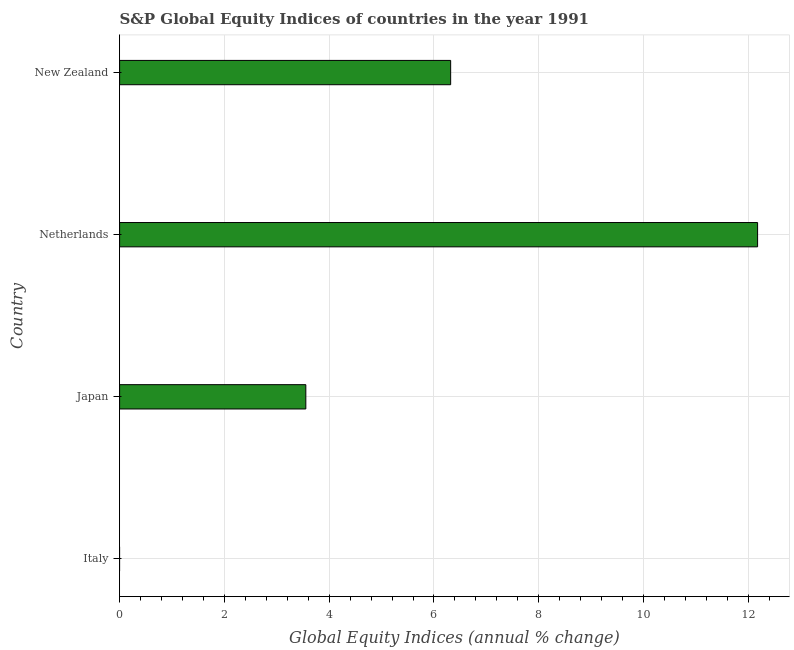
| Country | S&P Global Equity Indices |
 | --- | --- |
 | Italy | -3.01 |
 | Japan | 3.55 |
 | Netherlands | 12.2 |
 | New Zealand | 6.32 |